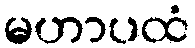
မဟာပထံ